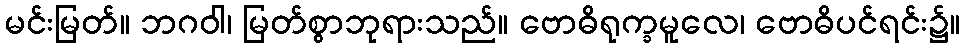
မင်းမြတ်။ ဘဂဝါ၊ မြတ်စွာဘုရားသည်။ ဗောဓိရုက္ခမူလေ၊ ဗောဓိပင်ရင်း၌။